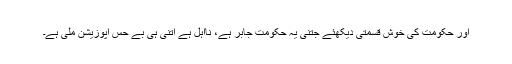
اور حکومت کی خوش قسمتی دیکھئے جتنی یہ حکومت جابر ہے، نااہل ہے اتنی ہی بے حس اپوزیشن ملی ہے۔